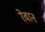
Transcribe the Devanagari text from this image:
रेवान